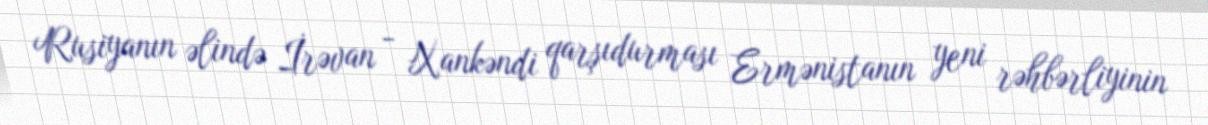
Rusiyanın əlində İrəvan - Xankəndi qarşıdurması Ermənistanın yeni rəhbərliyinin